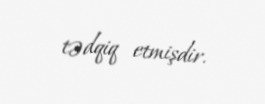
tədqiq etmişdir.